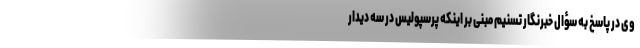
وی در پاسخ به سؤال خبرنگار تسنیم مبنی بر اینکه پرسپولیس در سه دیدار